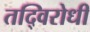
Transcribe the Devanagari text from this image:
तद्विरोधी